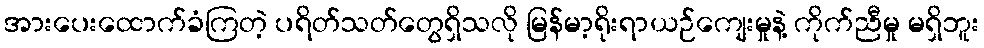
အားပေးထောက်ခံကြတဲ့ ပရိတ်သတ်တွေရှိသလို မြန်မာ့ရိုးရာယဉ်ကျေးမှုနဲ့ ကိုက်ညီမှု မရှိဘူး